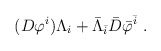
\begin{align*} (D {\varphi}^i) \Lambda_i + \bar{\Lambda}_{\bar{i}} \bar{D}{\bar{\varphi}}^{\bar{i}} \ .\end{align*}